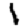
Digit: 1